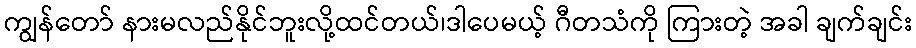
ကျွန်တော် နားမလည်နိုင်ဘူးလို့ထင်တယ်၊ဒါပေမယ့် ဂီတသံကို ကြားတဲ့ အခါ ချက်ချင်း